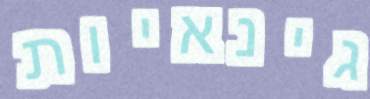
גינאיות